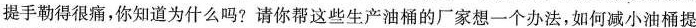
提手勒得很痛，你知道为什么吗?请你帮这些生产油桶的厂家想一个办法，如何减小油桶提